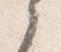
之